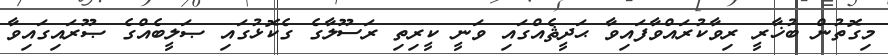
މިގޮތުން ބުޚާރީ ރިވާކުރައްވާފައިވާ ޙަދީޘެއްގައި ވަނީ ކީރިތި ރަސޫލާގެ ގެކޮޅުގައި ޞަލީބެއްގެ ޞޫރައިގައިވާ